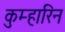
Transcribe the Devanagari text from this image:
कुम्हारिन